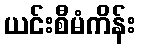
ယင်းစီမံကိန်း